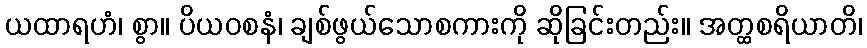
ယထာရဟံ၊ စွာ။ ပိယဝစနံ၊ ချစ်ဖွယ်သောစကားကို ဆိုခြင်းတည်း။ အတ္ထစရိယာတိ၊